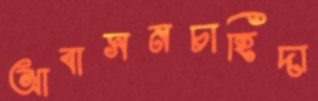
আবাসনচাহিদা